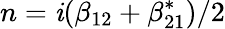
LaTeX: n=\mathit{i}(\beta_{12}+\beta_{21}^{*})/2